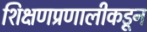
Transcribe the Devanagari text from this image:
शिक्षणप्रणालीकडून